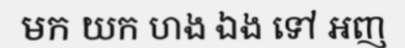
មក យក ហង ឯង ទៅ អញ